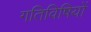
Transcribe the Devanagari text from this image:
गतिविषियों